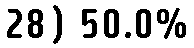
28) 50.0%